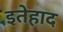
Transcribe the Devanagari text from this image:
इतेहाद